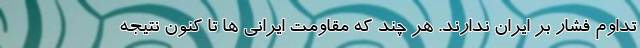
تداوم فشار بر ایران ندارند. هر چند که مقاومت ایرانی ها تا کنون نتیجه